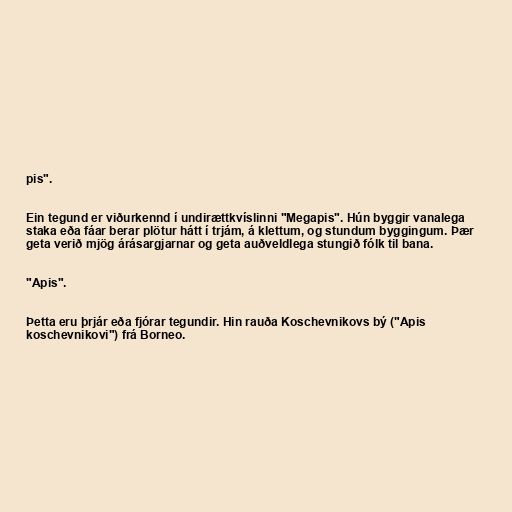
pis".

Ein tegund er viðurkennd í undirættkvíslinni "Megapis". Hún byggir vanalega
staka eða fáar berar plötur hátt í trjám, á klettum, og stundum byggingum. Þær
geta verið mjög árásargjarnar og geta auðveldlega stungið fólk til bana.

"Apis".

Þetta eru þrjár eða fjórar tegundir. Hin rauða Koschevnikovs bý ("Apis
koschevnikovi") frá Borneo.